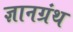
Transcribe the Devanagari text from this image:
ज्ञानग्रंथ